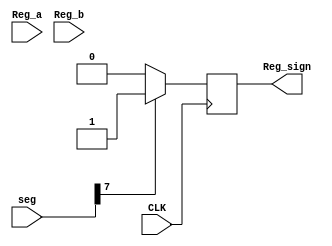
`timescale 1ns / 1ps
//////////////////////////////////////////////////////////////////////////////////
// Company: 
// Engineer: 
// 
// Design Name: 
// Module Name: Sign_Flag
// Project Name: 
// Target Devices: 
// Tool Versions: 
// Description: 
// The variable Reg_sign is used to show whether the first number of seg is 0.
// Dependencies: 
// 
// Revision:
// Revision 0.01 - File Created
// Additional Comments:
// 
//////////////////////////////////////////////////////////////////////////////////


module Sign_Flag(CLK,Reg_a,Reg_b,seg,Reg_sign);
input [7:0] Reg_a;
input [7:0] Reg_b;
input [7:0] seg;
input CLK;
output reg Reg_sign;
//reg [7:0] s;
always@(posedge CLK)
  if (seg[7]==0)
  Reg_sign=0;
  else Reg_sign=1;
endmodule